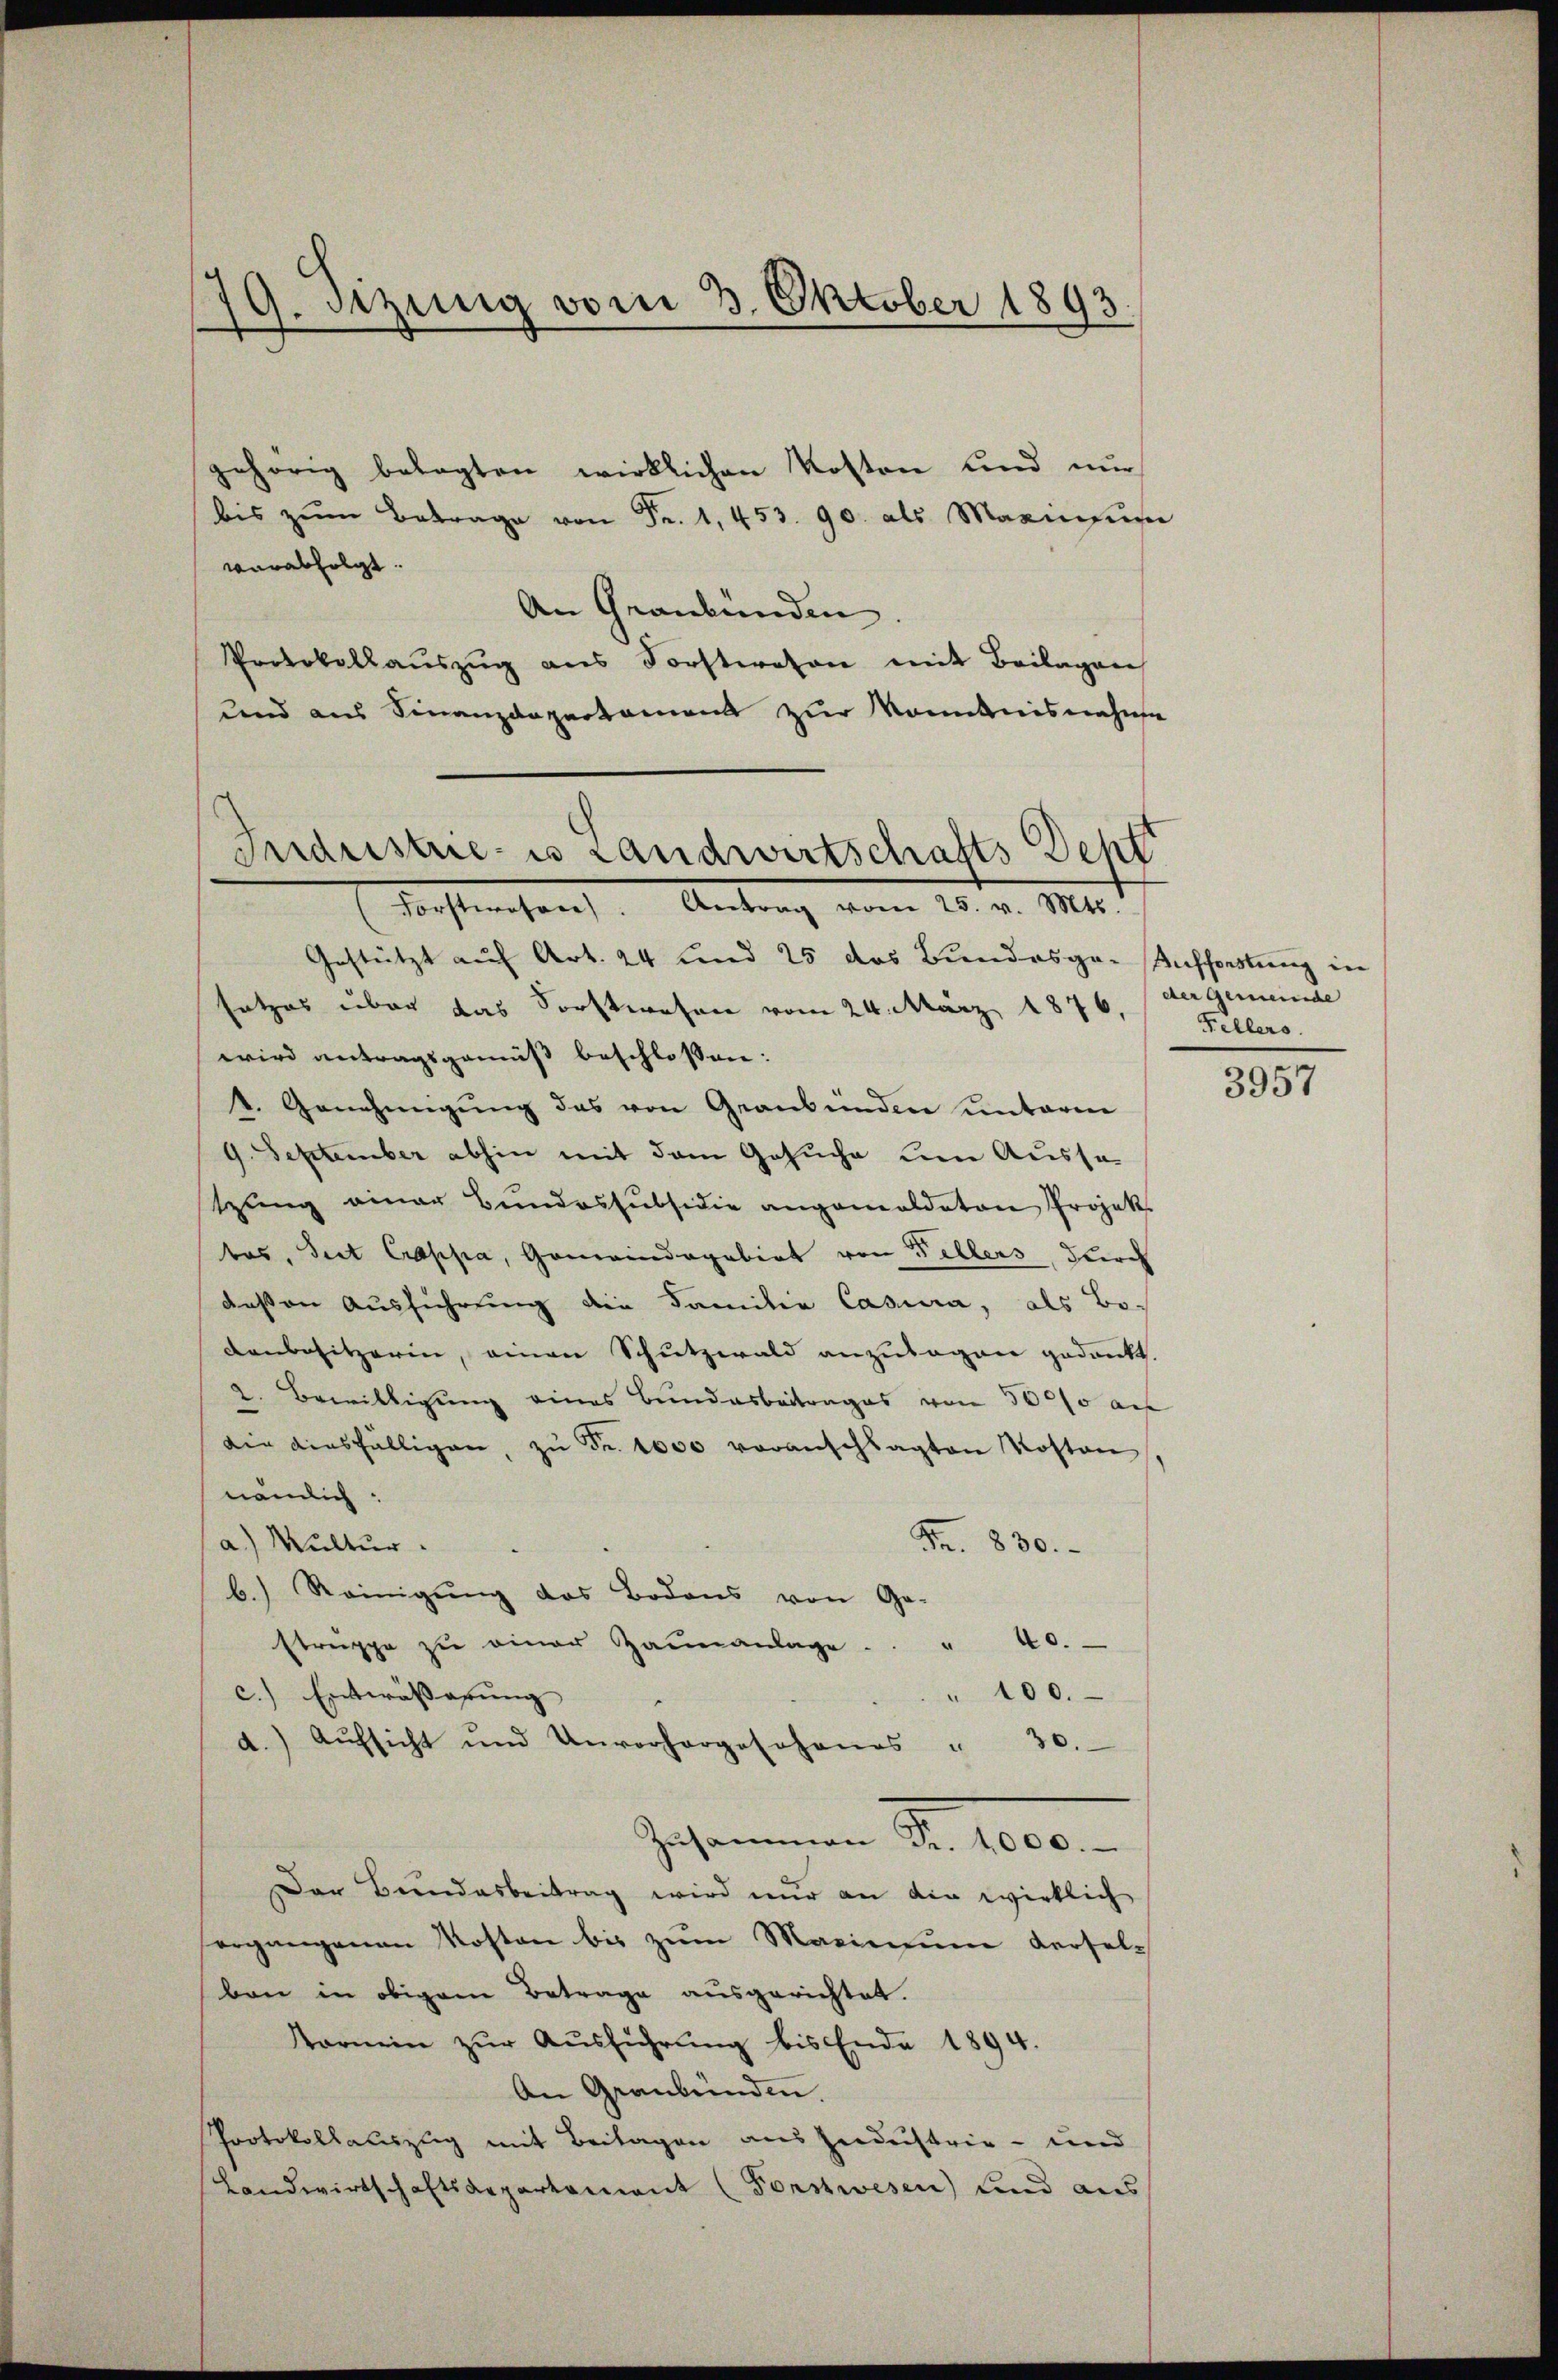
19. Setzung vom 3. Oktober 1893.

gehörig belegten wirklichen Kosten und nur
bis zŭm Betrage von Fr. 1,453. 90. als Marinsun
verabfolgt.
An Graubünden
Protokollaŭszŭg ans Forstwesen mit Beilagen
und aus Finanzdepartament zur Kenntnisnahme
Industrie es Landwirtschafts Sept

Forstwesen. Antrag vom 25. v. Mts.

Gestützt auf Art. 24 und 25 das Bundesge- Aufforstung in
setzes über das Forstwesen vom 24. März 1876.
wird antragsgemäß beschlossen:
t. Genehmigŭng des von Graubünden unteren
d
9. September abhin mit dem Gesuche um Aussastzung einer Bundessubsidie angemaldaten Projek
bas, Seit Crappa, Gemeindagabirt von Fellers, durch
deßen Ausführung die Familie Casura, als Bo-
denbesitzerin, einen Schutzwald anzulagen gedankt.
2. Bewilligung eines Bundesbeitrages von 5000 au
die diesfälligen zŭ Fr. 1000 voranschlagten Kosten.
nämlich:
Multur.
Fr. 830.
b.) Reinigung des Bodens von Ge-
Etruppe zŭ einer Zaunanlage . . " 40.
" 100.
c.) Entwässerung
d.) Aŭfsicht und Unvorhergeschenes " 30.
Gesammen Fr. 1000.
Der Bundesbeitrag wird nur an die wirklich
ergangenen Kosten bis zum Maximum derselben in obigem Betrage ausgerichtet.
Karmin zŭr Aŭsführŭng bis Ende 1894.
An Graubünden.
Protokollauszug mit Beilagen aus Zendustrie- und
Landwirtschaftsdepartement (Forstwesen) und aus

der Gemeinde
Fellers.

3957